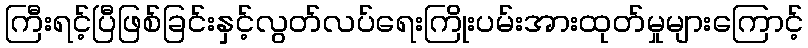
ကြီးရင့်ပြီဖြစ်ခြင်းနှင့်လွတ်လပ်ရေးကြိုးပမ်းအားထုတ်မှုများကြောင့်